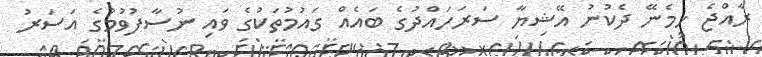
ރާއްޖެ ހިމެނޭ ދެކުނު އޭޝިޔާ ސަރަހައްދުގެ ބައެއް ގައުމުތަކުގެ ވައި ނުސާފުވުމުގެ އަސަރު